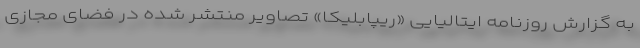
به گزارش روزنامه ایتالیایی «ریپابلیکا» تصاویر منتشر شده در فضای مجازی